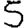
Digit: 5